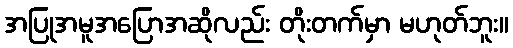
အပြုအမူအပြောအဆိုလည်း တိုးတက်မှာ မဟုတ်ဘူး။